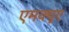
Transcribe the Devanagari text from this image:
एमक्यूए